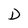
Character: D